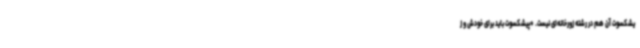
یشکسوت آن هم در رشته زورخانه‌ای نیست. *پیشکسوت باید برای خودش و ز